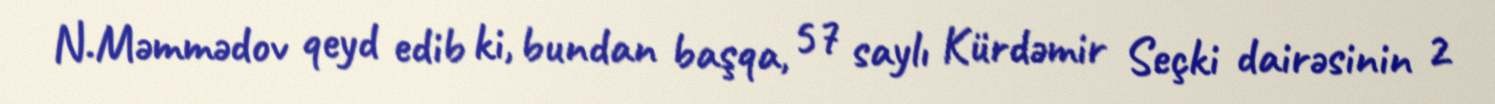
N.Məmmədov qeyd edib ki, bundan başqa, 57 saylı Kürdəmir Seçki dairəsinin 2